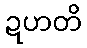
ဍဟတိ